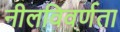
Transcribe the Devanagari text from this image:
नीलविवर्णता